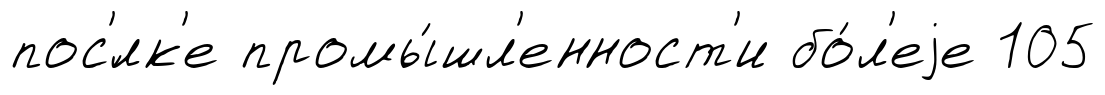
пос'́лк'е промы́шл'енност'и бо́л'еjе 105